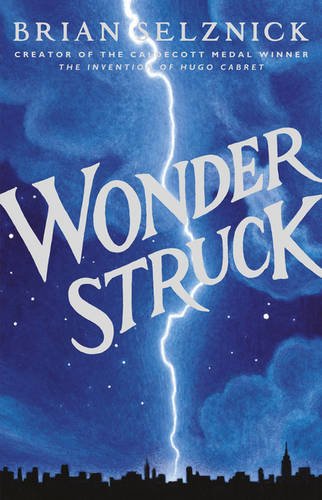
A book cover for Wonderstruck (Schneider Family Book Award - Middle School Winner); Brian Selznick; Comics & Graphic Novels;